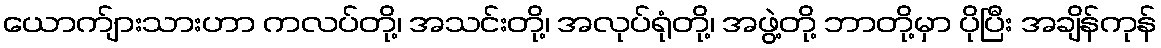
ယောက်ျားသားဟာ ကလပ်တို့၊ အသင်းတို့၊ အလုပ်ရုံတို့၊ အဖွဲ့တို့ ဘာတို့မှာ ပိုပြီး အချိန်ကုန်